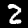
Label: 2